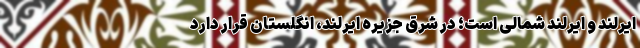
ایرلند و ایرلند شمالی است؛ در شرق جزیرهٔ ایرلند، انگلستان قرار دارد